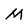
Character: M